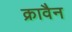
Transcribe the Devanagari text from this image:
क्रावैन